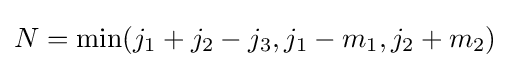
N=\min(j_{1}+j_{2}-j_{3},j_{1}-m_{1},j_{2}+m_{2})